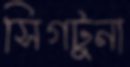
সিগটুনা